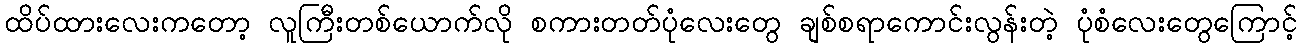
ထိပ်ထားလေးကတော့ လူကြီးတစ်ယောက်လို စကားတတ်ပုံလေးတွေ ချစ်စရာကောင်းလွန်းတဲ့ ပုံစံလေးတွေကြောင့်